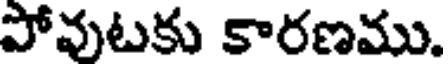
పోవుటకు కారణము.